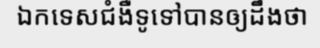
ឯកទេសជំងឺទូទៅបានឲ្យដឹងថា